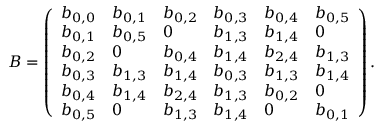
B = \left( \begin{array} { l l l l l l } { b _ { 0 , 0 } } & { b _ { 0 , 1 } } & { b _ { 0 , 2 } } & { b _ { 0 , 3 } } & { b _ { 0 , 4 } } & { b _ { 0 , 5 } } \\ { b _ { 0 , 1 } } & { b _ { 0 , 5 } } & { 0 } & { b _ { 1 , 3 } } & { b _ { 1 , 4 } } & { 0 } \\ { b _ { 0 , 2 } } & { 0 } & { b _ { 0 , 4 } } & { b _ { 1 , 4 } } & { b _ { 2 , 4 } } & { b _ { 1 , 3 } } \\ { b _ { 0 , 3 } } & { b _ { 1 , 3 } } & { b _ { 1 , 4 } } & { b _ { 0 , 3 } } & { b _ { 1 , 3 } } & { b _ { 1 , 4 } } \\ { b _ { 0 , 4 } } & { b _ { 1 , 4 } } & { b _ { 2 , 4 } } & { b _ { 1 , 3 } } & { b _ { 0 , 2 } } & { 0 } \\ { b _ { 0 , 5 } } & { 0 } & { b _ { 1 , 3 } } & { b _ { 1 , 4 } } & { 0 } & { b _ { 0 , 1 } } \end{array} \right) .